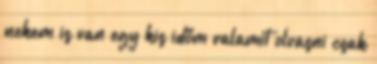
nekem is van egy kis időm valamit olvasni csak